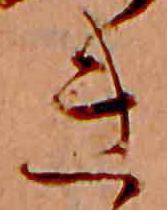
き